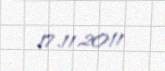
17.11.2011